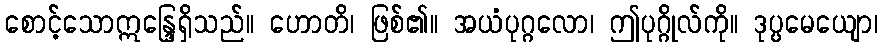
စောင့်သောဣန္ဒြေရှိသည်။ ဟောတိ၊ ဖြစ်၏။ အယံပုဂ္ဂလော၊ ဤပုဂ္ဂိုလ်ကို။ ဒုပ္ပမေယျော၊